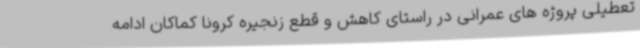
تعطیلی پروژه های عمرانی در راستای کاهش و قطع زنجیره کرونا کماکان ادامه